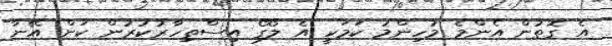
އެ ގޮތުން އެންމެ މުހިންމު ކަމަކީ އެ ލޯގޯ އިސްތިހާރުކުރުން ކަން އޭނާ